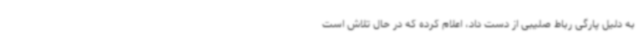
به دلیل پارگی رباط صلیبی از دست داد، اعلام کرده که در حال تلاش است